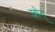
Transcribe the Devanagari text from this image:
योग्‌